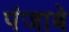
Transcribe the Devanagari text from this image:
पंजाबे